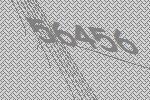
56456